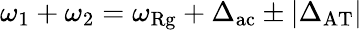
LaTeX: \omega_{1}+\omega_{2}=\omega_{\mathrm{Rg}}+\Delta_{\mathrm{ac}}\pm|\Delta_{\mathrm{AT}}|